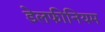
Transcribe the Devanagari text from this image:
डेलफीनियम